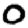
Digit: 0